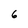
Character: 6